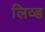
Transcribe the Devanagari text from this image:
लिव्‍ड